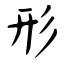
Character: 形